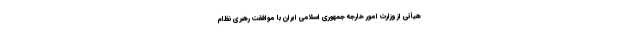
هیأتی از وزارت امور خارجه جمهوری اسلامی ایران با موافقت رهبری نظام